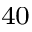
^ { 4 0 }